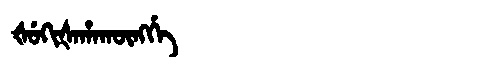
Manchu: ᡧᡠᡴᡳᡧᠠᡥᠠᡴᡡᠩᡤᡝ
Romanization: ŠUKIŠAHAKŪNGGE